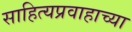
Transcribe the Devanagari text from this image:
साहित्यप्रवाहाच्या